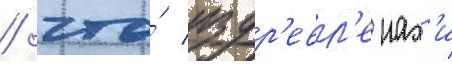
/ что́ издр'евл'е нах'и